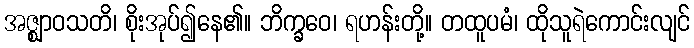
အဇ္ဈာဝသတိ၊ စိုးအုပ်၍နေ၏။ ဘိက္ခဝေ၊ ရဟန်းတို့။ တထူပမံ၊ ထိုသူရဲကောင်းလျင်